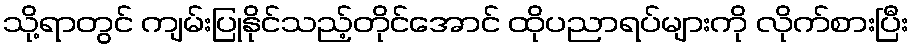
သို့ရာတွင် ကျမ်းပြုနိုင်သည့်တိုင်အောင် ထိုပညာရပ်များကို လိုက်စားပြီး